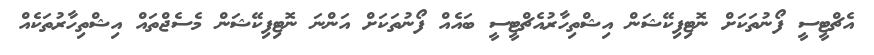
އެޗްޓީސީ ފޯނުތަކަށް ނޮޓިފިކޭޝަން އިޝްތިހާރުއެޗްޓީސީ ބައެއް ފޯނުތަކަށް އަންނަ ނޮޓިފިކޭޝަން މެސެޖްތައް އިޝްތިހާރުތަކެއް